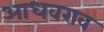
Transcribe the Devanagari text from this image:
आधवराव